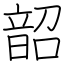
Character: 韶